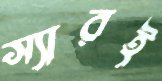
স্যারই